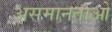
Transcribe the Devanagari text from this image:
असमानताओ